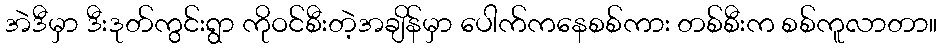
အဲဒီမှာ ဒီးဒုတ်ကွင်းရွာ ကိုဝင်စီးတဲ့အချိန်မှာ ပေါက်ကနေစစ်ကား တစ်စီးက စစ်ကူလာတာ။